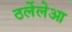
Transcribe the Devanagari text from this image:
ठर्लेलेआ